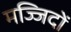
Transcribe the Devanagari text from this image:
मज्जिदों